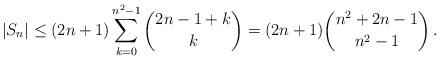
LaTeX: \begin{align*}|S_n|\leq (2n+1)\sum_{k=0}^{n^2-1}\binom{2n-1 +k}{k}=(2n+1)\binom{n^2+2n-1}{n^2-1}\,.\end{align*}